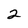
Character: 2